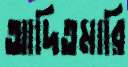
আদিতমারি